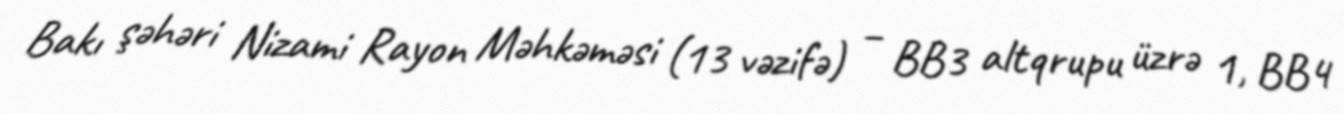
Bakı şəhəri Nizami Rayon Məhkəməsi (13 vəzifə) – BB3 altqrupu üzrə 1, BB4